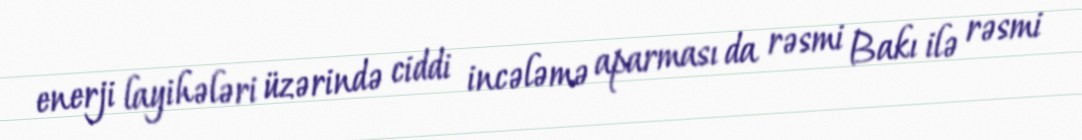
enerji layihələri üzərində ciddi incələmə aparması da rəsmi Bakı ilə rəsmi